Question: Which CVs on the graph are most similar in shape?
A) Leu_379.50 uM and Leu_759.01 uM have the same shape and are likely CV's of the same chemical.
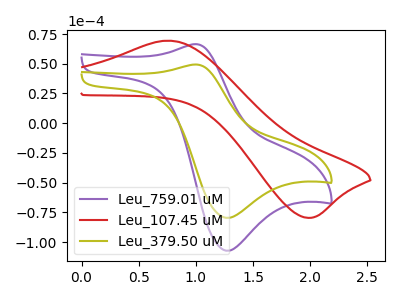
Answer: <think>The purple curve "Leu_759.01 uM" has an anodic peak at (1.00V, 66.50uA) and a cathodic peak at (1.25V, -107.35uA). The red curve "Leu_107.45 uM" has an anodic peak at (0.75V, 69.45uA) and a cathodic peak at (1.95V, -79.70uA). The olive curve "Leu_379.50 uM" has an anodic peak at (1.00V, 49.35uA) and a cathodic peak at (1.25V, -79.70uA).
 "Leu_759.01 uM" and "Leu_107.45 uM" have at least one peak that do not match. All the peaks in "Leu_759.01 uM" have a peak in "Leu_379.50 uM" at the same potential. Every peak in "Leu_759.01 uM" is higher than every peak in "Leu_379.50 uM". "Leu_107.45 uM" and "Leu_379.50 uM" have at least one peak that do not match.</think>
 <answer>A) "Leu_379.50 uM" and "Leu_759.01 uM" have the same shape and are likely CV's of the same chemical.</answer>
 <eval>A</eval>